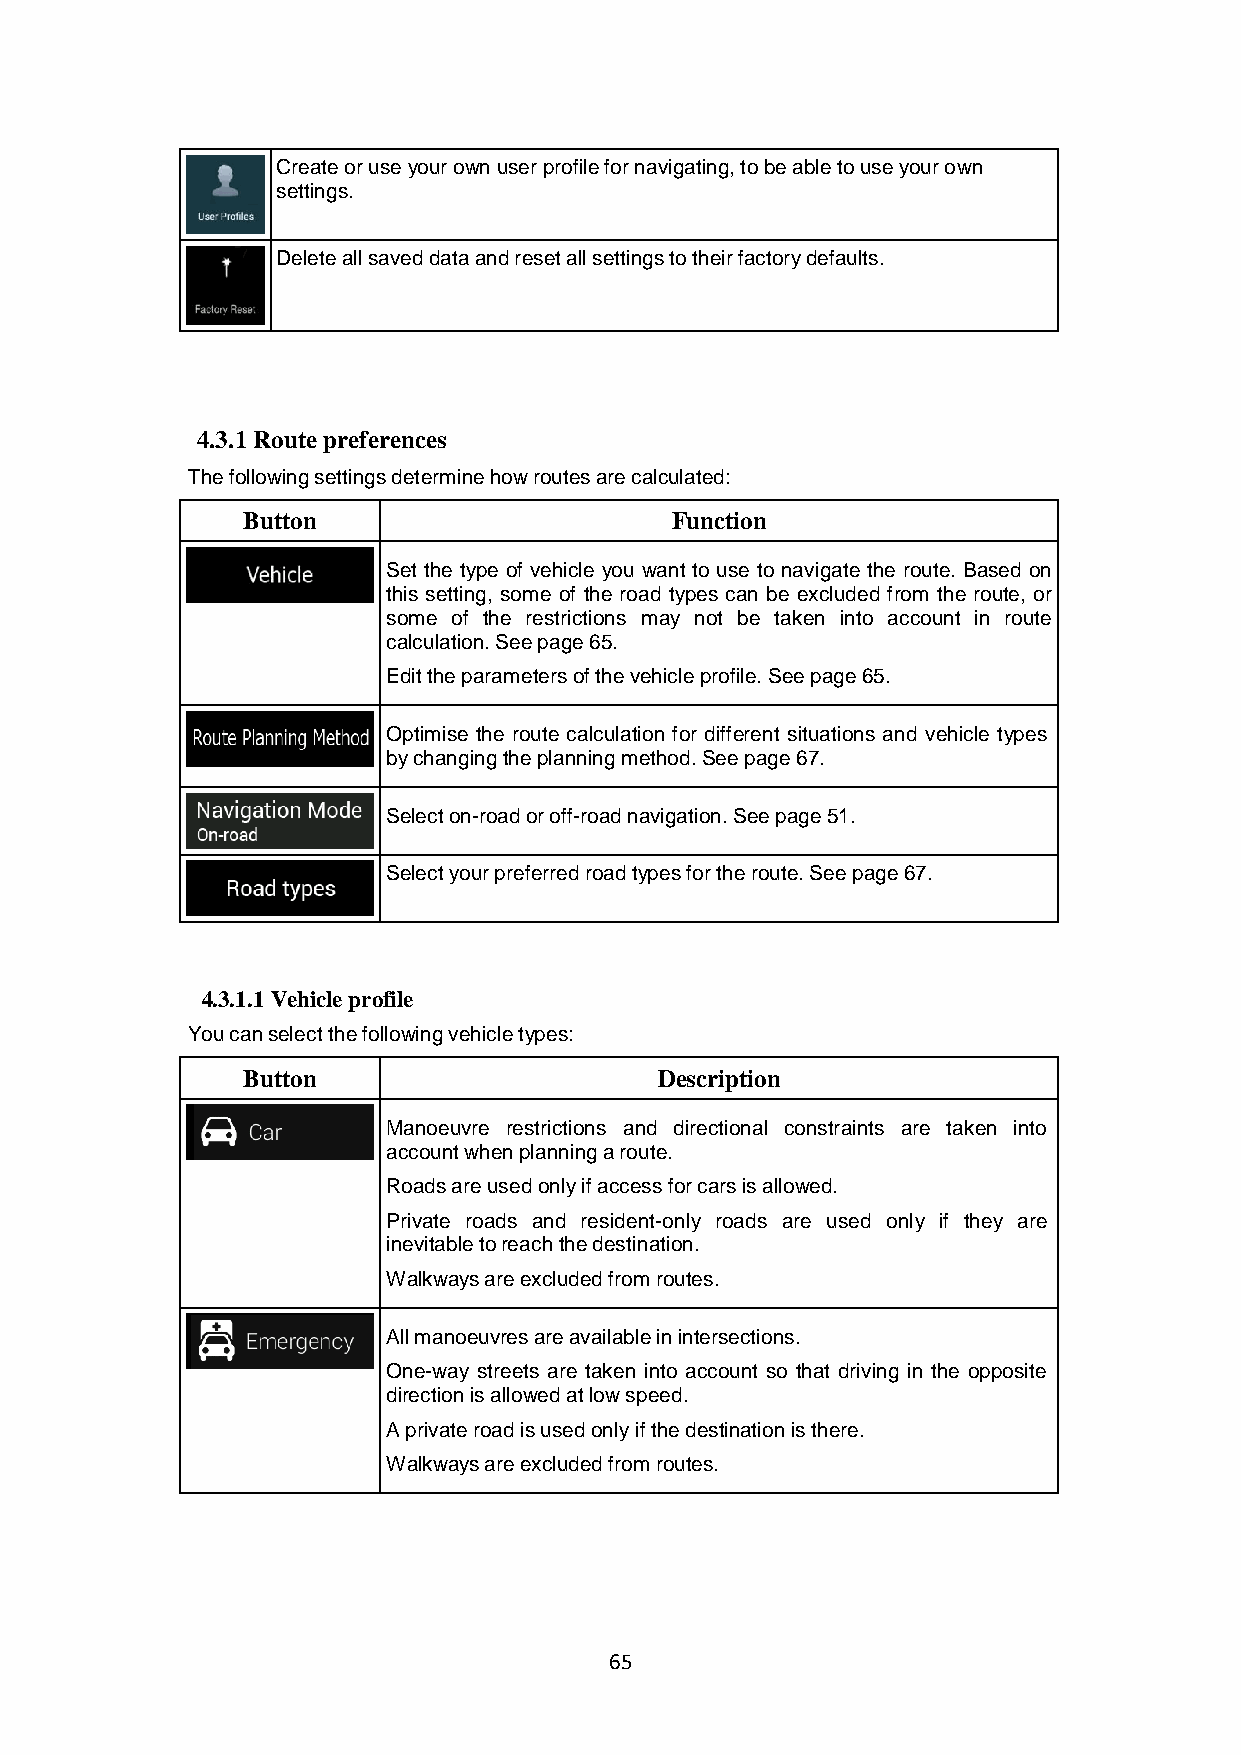
Create or use your own user profile for navigating, to be able to use your own
 settings.
 Delete all saved data and reset all settings to their factory defaults.
 4.3.1 Route preferences
 The following settings determine how routes are calculated:
 Button                      Function
 Set the type of vehicle you want to use to navigate the route. Based on
 this setting, some of the road types can be excluded from the route, or
 some of the restrictions may not be taken into account in route
 calculation. See page 65.
 Edit the parameters of the vehicle profile. See page 65.
 Optimise the route calculation for different situations and vehicle types
 by changing the planning method. See page 67.
 Select on-road or off-road navigation. See page 51.
 Select your preferred road types for the route. See page 67.
 4.3.1.1 Vehicle profile
 You can select the following vehicle types:
 Button                      Description
 Manoeuvre restrictions and directional constraints are taken into
 account when planning a route.
 Roads are used only if access for cars is allowed.
 Private roads and resident-only roads are used only if they are
 inevitable to reach the destination.
 Walkways are excluded from routes.
 All manoeuvres are available in intersections.
 One-way streets are taken into account so that driving in the opposite
 direction is allowed at low speed.
 A private road is used only if the destination is there.
 Walkways are excluded from routes.
 65